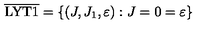
\overline { \mathrm { L Y T 1 } } = \left\{ ( J , J _ { 1 } , \varepsilon ) : J = 0 = \varepsilon \right\}